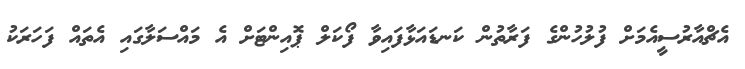
އެޗްއާރުސީއެމަށް ފުލުހުންގެ ފަރާތުން ކަނޑައަޅާފައިވާ ފޯކަލް ޕޮއިންޓަށް އެ މައްސަލާގައި އެތައް ފަހަރަކު